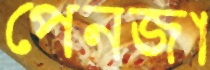
পেনজা